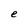
Character: e